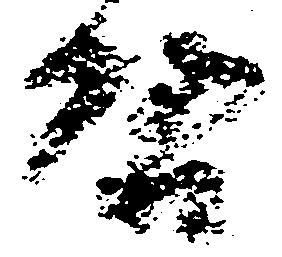
啓